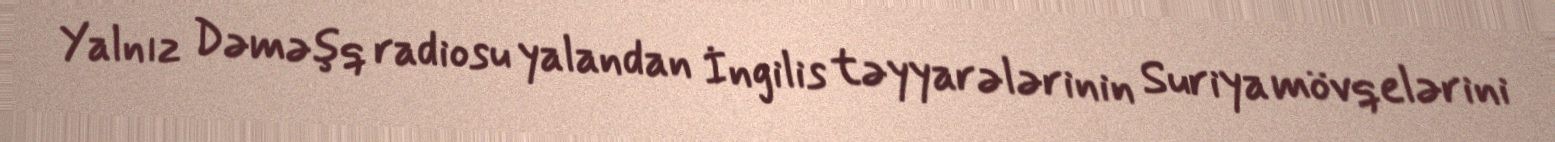
Yalnız Dəməşq radiosu yalandan İngilis təyyarələrinin Suriya mövqelərini